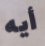
أيه